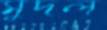
মুদল